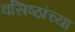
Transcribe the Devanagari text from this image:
वसिष्ठांच्या